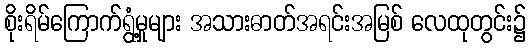
စိုးရိမ်ကြောက်ရွံ့မှုများ အသားဓာတ်အရင်းအမြစ် လေထုတွင်း၌